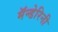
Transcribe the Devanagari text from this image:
मॅन्डेरिनी